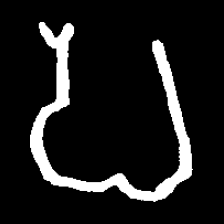
Pyu character \u2014 Myanmar letter: ပ (romanized: pa)